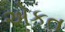
એકત